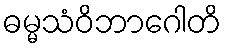
ဓမ္မသံဝိဘာဂေါတိ